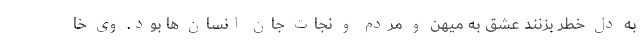
به دل خطر بزنند عشق به میهن و مردم و نجات جان انسان ها بود. وی خا